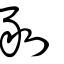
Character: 剢